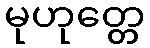
မုဟုတ္တေ